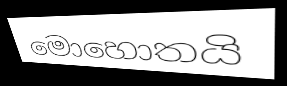
මොහොතයි